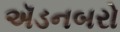
ઍડનબરો